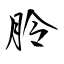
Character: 朎